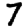
Digit: 7